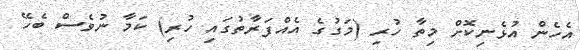
އެހެން އުޅެނިކޮށް މިތާ ހުރި (މަގުގެ އެއްފަރާތުގައި ހުރި) ކަމާ ނުވެސް ބެހޭ